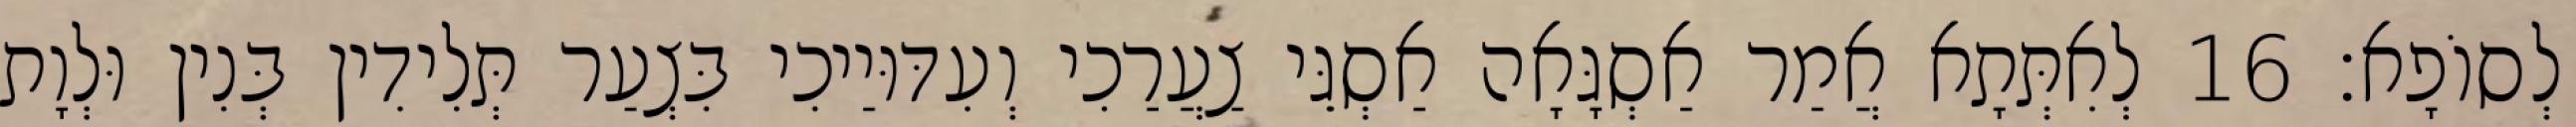
לְסוֹפָא׃ 16 לְאִתְּתָא אֲמַר אַסְגָּאָה אַסְגֵּי צַעֲרַכִי וְעִדּוּיַיכִי בִּצְעַר תְּלִידִין בְּנִין וּלְוָת